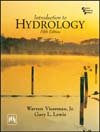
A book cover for Introduction to Hydrology (5th Edition) [Economy Edition]; Gary L. Lewis Warren Viessman Jr.; Science & Math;